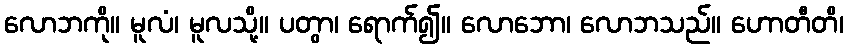
လောဘကို။ မူလံ၊ မူလသို့။ ပတွာ၊ ရောက်၍။ လောဘော၊ လောဘသည်။ ဟောတီတိ၊